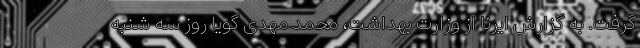
گرفت. به گزارش ایرنا از وزارت بهداشت، محمد مهدی گویا روز سه شنبه